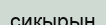
сиқырын